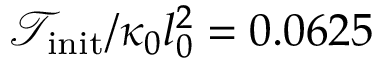
{ \mathcal { T } } _ { \mathrm { i n i t } } / \kappa _ { 0 } l _ { 0 } ^ { 2 } = 0 . 0 6 2 5